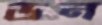
ডন